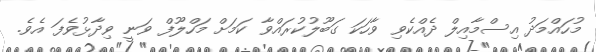
މުހައްމަދު އިސްމާއިލް ދެއްކެވި ވާހަކަ ގަބޫލުކުރައްވާ ކަމަށް މަހްލޫފް ވަނީ ވިދާޅުވެފަ އެވެ.